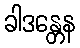
ခါဒန္တေန